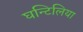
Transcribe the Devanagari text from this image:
घन्टिलिया